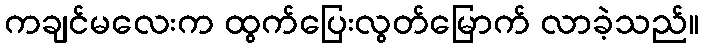
ကချင်မလေးက ထွက်ပြေးလွတ်မြောက် လာခဲ့သည်။